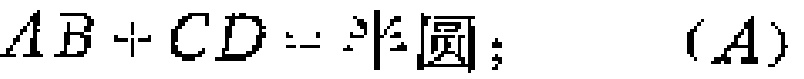
\(AB + CD = 半圆；\ \ \ \ (A)\)